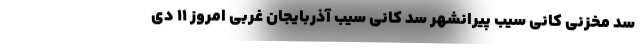
سد مخزنی کانی سیب پیرانشهر سد کانی سیب آذربایجان غربی امروز 11 دی